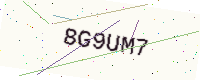
Text: 8G9UM7